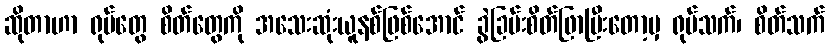
ဆိုတာဟာ ရုပ်တွေ စိတ်တွေကို အသေးဆုံးယူနစ်ဖြစ်အောင် ခွဲခြမ်းစိတ်ဖြာပြီးတော့မှ ရုပ်သက်၊ စိတ်သက်